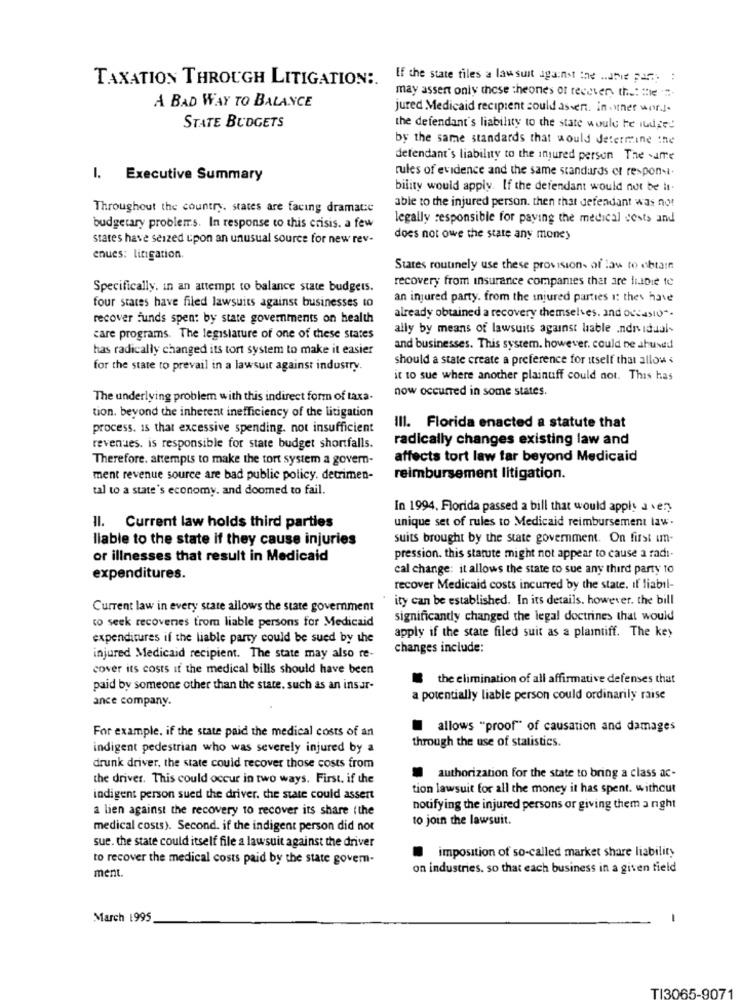
TAXATION THROUGH LITIGATION :.
If the state files a lawsuit against the .. drie party :
may assert only those theones of recever, the: "le "-
A BAD WAY TO BALANCE
jured Medicaid recipient sould assen. inner wor.l.
STATE BUDGETS
the defendant's liability to the state would te iudge!
by the same standards that would determine the
defendant's liability to the injured person The same
rules of evidence and the same standards et respon-i.
I. Executive Summary
bility would apply. If the defendant would not be it-
able to the injured person. then that defendant was not
Throughout the country. states are facing dramace
legally responsible for paying the medical costs and
budgetary problems. In response to this crisis. a few
states have seized upon an unusual source for new rev-
does not owe the state any money
enues: litigation
States routinely use these provisions of law to obtain
recovery from insurance companies that are liaDie te
Specifically, in an attempt to balance state budgets.
an injured party. from the injured parties i: thes have
four stares have filed lawsuits against businesses to
recover funds spen: by state governments on health
already obtained a recovery themselves. and occasion.
ally by means of lawsuits against hable .ndr idual-
care programs. The legislature of one of these states
has radically changed its tort system to make it easier
and businesses. This system. however, could be ahused
should a state create a preference for itself that allow <
for the state to prevail in a lawsuit against industry.
it to sue where another plainuff could not. This has
now occurred in some states.
The underlying problem with this indirect form of taxa-
tion. beyond the inherent inefficiency of the litigation
process. Is that excessive spending. not insufficient
Ill. Florida enacted a statute that
radically changes existing law and
revenues. is responsible for state budget shortfalls.
Therefore. attempts to make the tort system a govern-
affects tort law far beyond Medicaid
ment revenue source are bad public policy. detrimen-
reimbursement litigation.
tal to a state's economy. and doomed to fail.
In 1994, Florida passed a bill that would apply a very
Il. Current law holds third parties
unique set of rules to Medicaid reimbursement law.
liable to the state if they cause injuries
suits brought by the state government. On first im-
or illnesses that result in Medicaid
pression. this statute might not appear to cause a radi-
cal change: it allows the state to sue any third party to
expenditures.
recover Medicaid costs incurred by the state. If liabil-
ity can be established. In its details. however, the bill
Current law in every state allows the state government
co seek recoveres from liable persons for Medicaid
significantly changed the legal doctrines that would
expenditures if the liable party could be sued by the
apply if the state filed suit as a plaintiff. The key
changes include:
injured Medicaid recipient. The state may also re-
cover its costs if the medical bills should have been
the elimination of all affirmative defenses that
paid by someone other than the state, such as an insur-
ance company.
a potentially liable person could ordinarily raise
For example, if the state paid the medical costs of an
allows "proof" of causation and damages
through the use of statistics.
indigent pedestrian who was severely injured by a
drunk driver, the state could recover those costs from
the driver. This could occur in two ways. First. if the
authorization for the state to bring a class ac-
tion lawsuit for all the money it has spent. without
indigent person sued the driver, che state could assert
a lien against the recovery 10 recover its share (the
notifying the injured persons or giving them a night
to join the lawsuit.
medical costs). Second. if the indigent person did not
sue. the state could itself file a lawsuit against the driver
to recover the medical costs paid by the state govem-
imposition of so-called market share liability
on industries. so that each business in a given field
ment.
March 1995
-
TI3065-9071